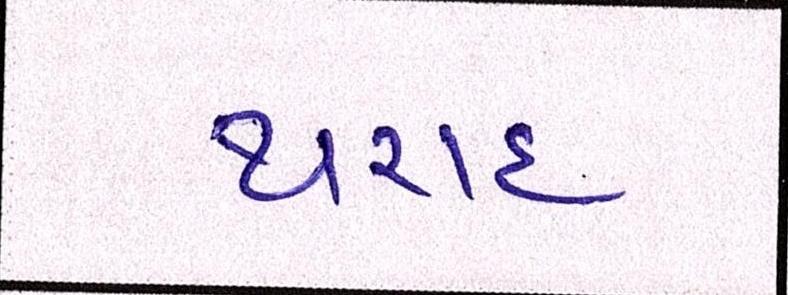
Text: થરાદ